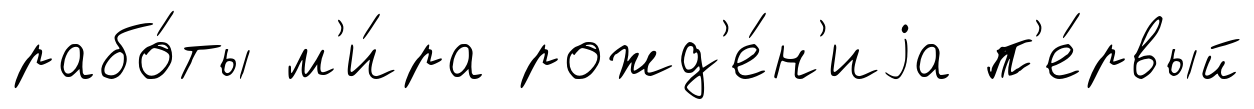
рабо́ты м'и́ра рожд'е́н'иjа п'е́рвый